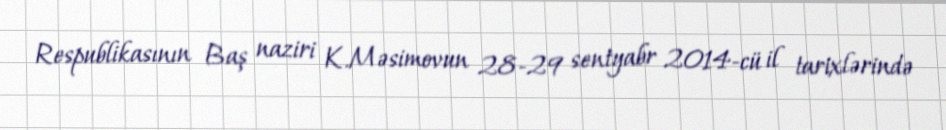
Respublikasının Baş naziri K.Məsimovun 28-29 sentyabr 2014-cü il tarixlərində